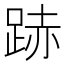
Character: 𨁯